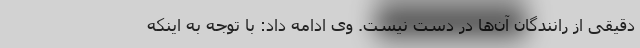
دقیقی از رانندگان آن‌ها در دست نیست. وی ادامه داد: با توجه به اینکه